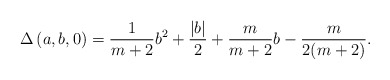
\begin{align*}\Delta \left( a,b,0 \right) = \frac{1}{m+2} b^2 + \frac{|b|}{2} + \frac{m}{m+2} b - \frac{m}{2(m+2)}.\end{align*}